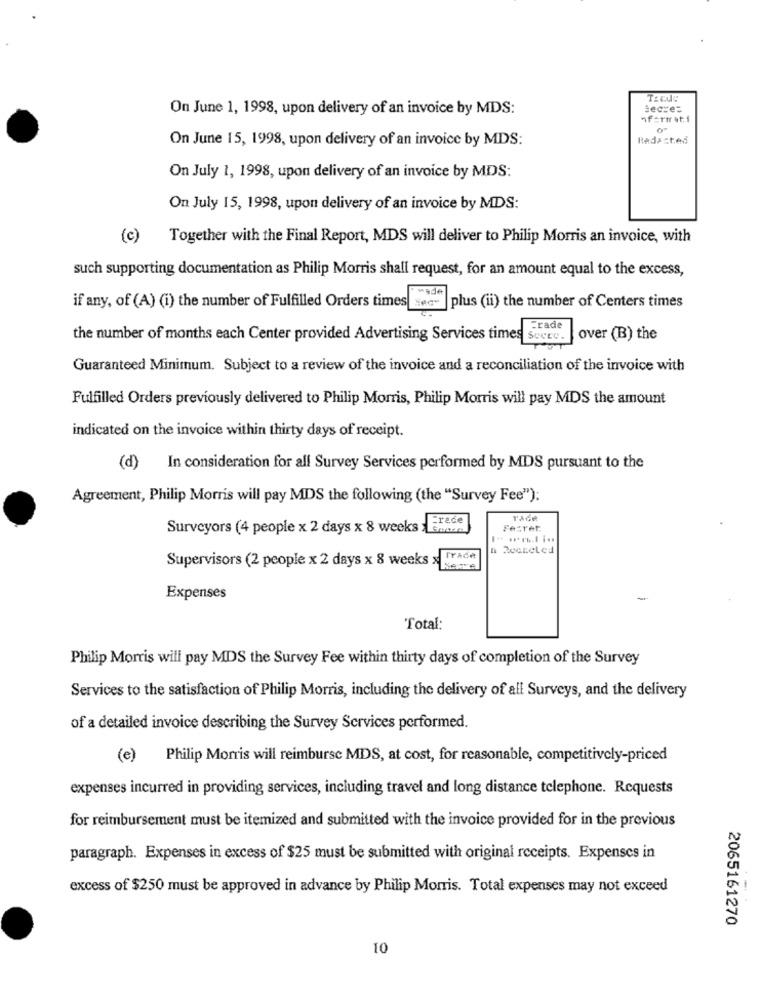
On June 1, 1998, upon delivery of an invoice by MDS:
secre=
hf=rirat.f
On June 15, 1998, upon delivery of an invoice by MDS:
Radasted
On July 1, 1998, upon delivery of an invoice by MDS:
On July 15, 1998, upon delivery of an invoice by MDS:
(c) Together with the Final Report, MDS will deliver to Philip Morris an invoice, with
such supporting documentation as Philip Morris shall request, for an amount equal to the excess,
Made
if any, of (A) (i) the number of Fulfilled Orders times
plus (ii) the number of Centers times
Frade
the number of months each Center provided Advertising Services times Sucre.
over (B) the
Guaranteed Minimum. Subject to a review of the invoice and a reconciliation of the invoice with
Fulfilled Orders previously delivered to Philip Morris, Philip Morris will pay MDS the amount
indicated on the invoice within thirty days of receipt.
(d)
In consideration for all Survey Services performed by MDS pursuant to the
Agreement, Philip Morris will pay MDS the following (the "Survey Fee"):
Frede
Surveyors (4 people x 2 days x 8 weeks : Enon
Fezret
Supervisors (2 people x 2 days x 8 weeks > TA6
Expenses
-
Total:
Philip Morris will pay MDS the Survey Fee within thirty days of completion of the Survey
Services to the satisfaction of Philip Morris, including the delivery of all Surveys, and the delivery
of a detailed invoice describing the Survey Services performed.
(e)
Philip Morris will reimburse MDS, at cost, for reasonable, competitively-priced
expenses incurred in providing services, including travel and long distance telephone. Requests
for reimbursement must be itemized and submitted with the invoice provided for in the previous
paragraph. Expenses in excess of $25 must be submitted with original receipts. Expenses in
excess of $250 must be approved in advance by Philip Morris. Total expenses may not exceed
2065161270
10